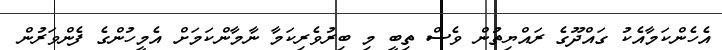
އެހެންކަމާއެކު ގައްދޫގެ ރައްޔިތުން ވެސް ތިބީ މި ބިރުވެރިކަމާ ނާމާންކަމަށް އެމީހުންގެ ފެންވަރުން